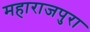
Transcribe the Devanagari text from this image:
महाराजपुरा